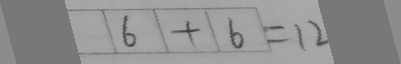
6 + 6 = 1 2